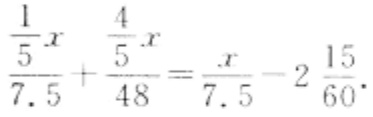
\(\frac{\frac{1}{5}x}{7.5}+\frac{\frac{4}{5}x}{48}=\frac{x}{7.5}-2\frac{15}{60}\)